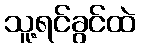
သူ့ရင်ခွင်ထဲ